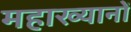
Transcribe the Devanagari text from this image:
महाख्यानों